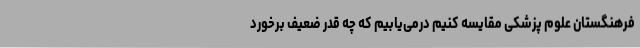
فرهنگستان علوم پزشکی مقایسه کنیم درمی‌یابیم که چه قدر ضعیف برخورد